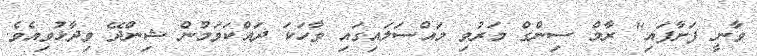
ވާނީ ފަށާފައި" ރާމް ސިންގް މަރުވި މައްސަލައިގައި ވާހަކަ ދައްކަވަމުން ޝިންދޭ ވިދާޅުވިއެވެ.